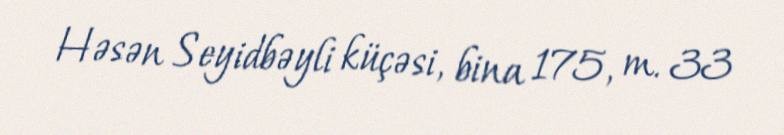
Həsən Seyidbəyli küçəsi, bina 175, m. 33